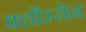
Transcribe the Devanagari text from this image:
क्लौस्सेन